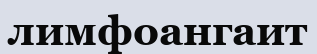
лимфоангаит